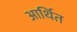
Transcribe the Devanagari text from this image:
आर्थित